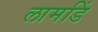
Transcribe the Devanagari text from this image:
लामडिं